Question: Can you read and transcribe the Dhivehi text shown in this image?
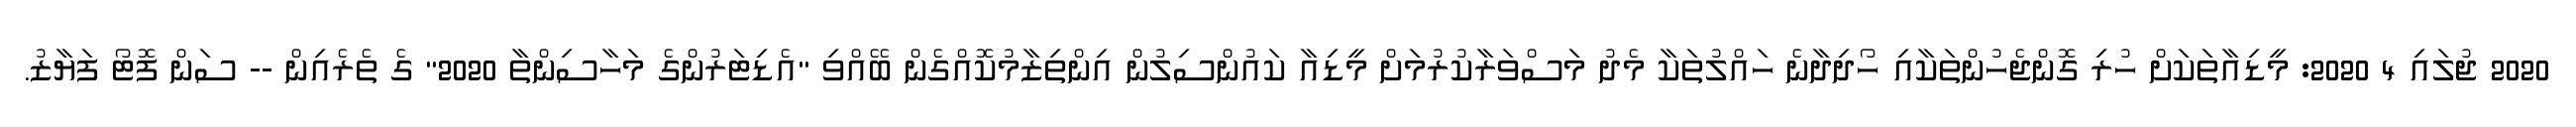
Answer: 2020 ޖުލައި 4 2020: މީޑިއާތަކަށް ހުރި ގޮންޖެހުންތަކާއި ހޯދިދާނެ ހައްލުތަކާ މެދު މަސްވަރާކުރުމަށް މީޑިއާ ކައުންސިލުން އިންތިޒާމުކޮއްގެން ބޭއްވި "އެޑިޓަރުންގެ މަހާސިންތާ 2020" ގެ ތެރެއިން -- ސަން ފޮޓޯ ފަޔާޒު.